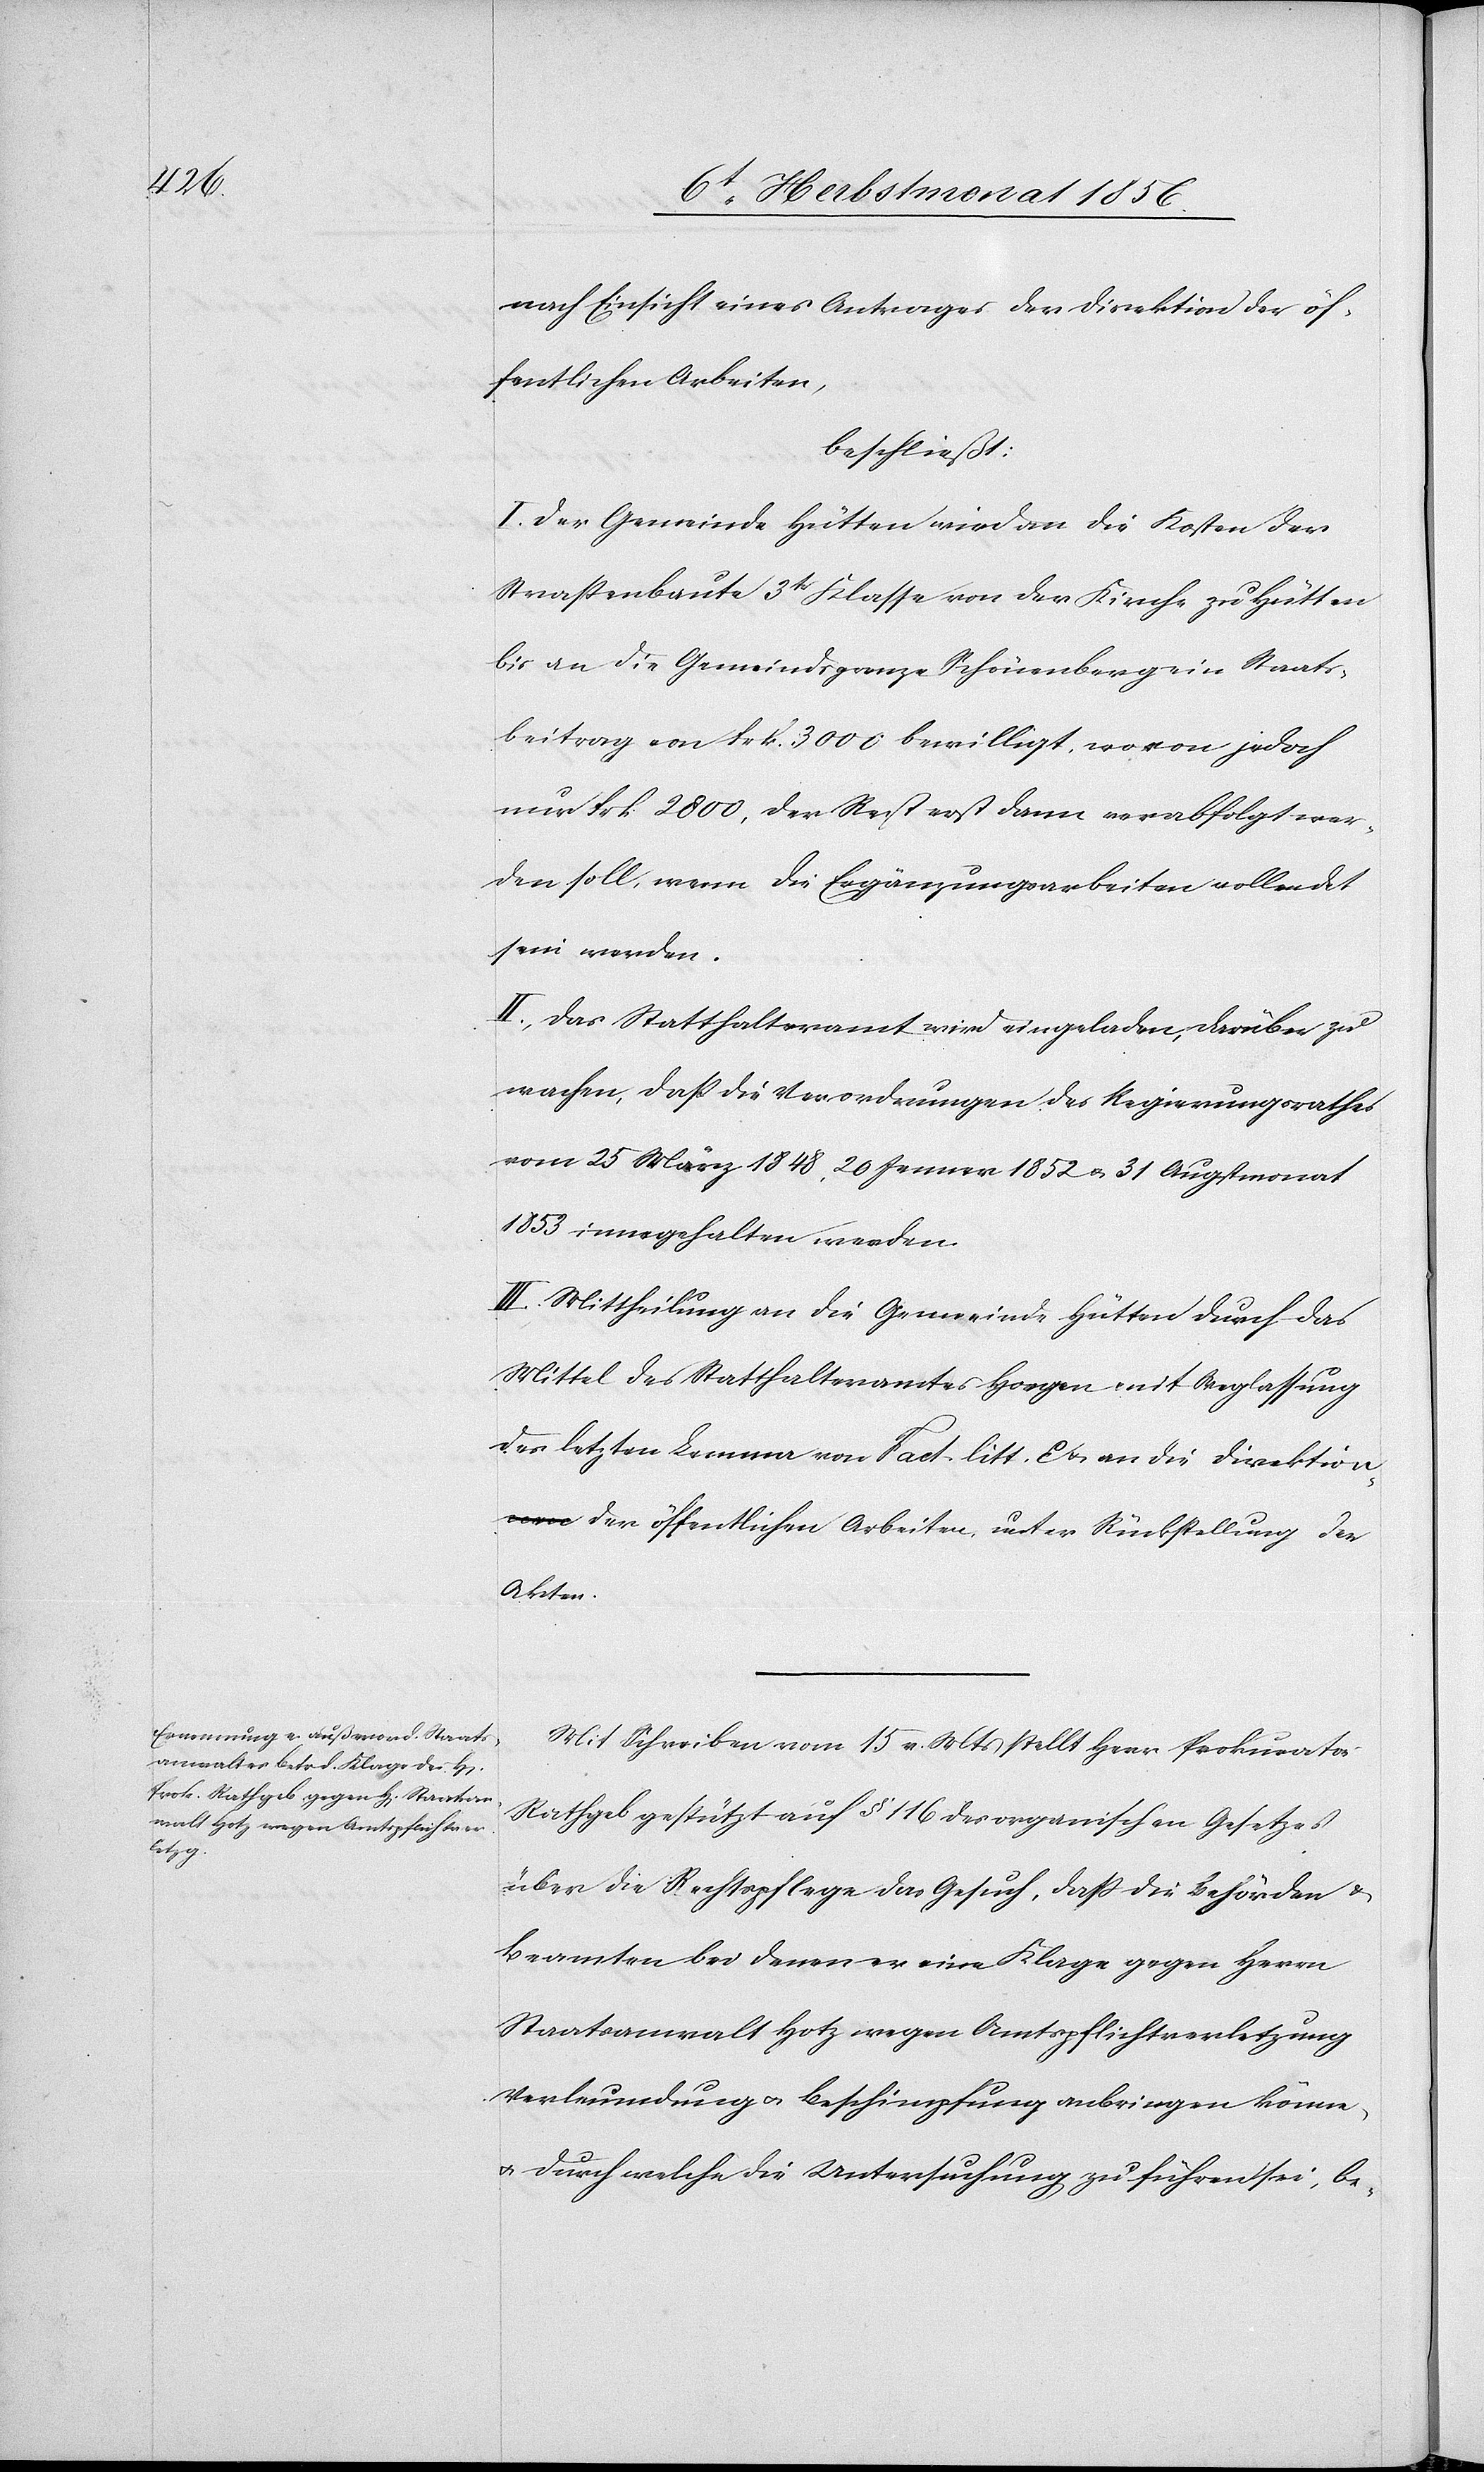
nach Einsicht eines Antrages der Direktion der öf¬
fentlichen Arbeiten,
beschließt:
I. Der Gemeinde Hütten wird an die Kosten der
Strassenbaute 3tr Klasse von der Kirche zu Hütten
bis an die Gemeindsgrenze Schönenberg ein Staats¬
beitrag von Frk. 3000 bewilligt, wovon jedoch
nur Frk. 2800, der Rest erst dann verabfolgt wer¬
den soll, wenn die Ergänzungsarbeiten vollendet
sein werden.
II. Das Statthalteramt wird eingeladen, darüber zu
wachen, dass die Verordnungen des Regierungsrathes
vom 25 März 1848, 20 Jenner 1852 u. 31 Augstmonat
1853 innegehalten werden.
III. Mittheilung an die Gemeinde Hütten durch das
Mittel des Statthalteramtes Horgen mit Weglassung
des letzten Lemma von Fact. litt. E u. an die Direktio¬
n der öffentlichen Arbeiten, unter Rückstellung der
Akten.
Mit Schreiben vom 15 v. Mts stellt Herr Prokurator
Rathgeb gestützt auf § 116 des organischen Gesetzes
über die Rechtspflege das Gesuch, dass die Behörden &
Beamten bei denen er eine Klage gegen Herrn
Staatsanwalt Hotz wegen Amtspflichtverletzung[,]
Verleumdung u. Beschimpfung anbringen könne,
u. durch welche die Untersuchung zu führen sei, be-